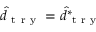
\hat { d } _ { \mathrm { ~ t ~ r ~ y ~ } } = \hat { d } _ { \mathrm { ~ t ~ r ~ y ~ } } ^ { * }